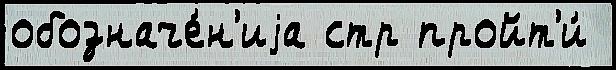
обозначе́н'иjа стр пройт'и́